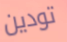
تودين